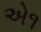
એ૧